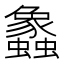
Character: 𲀔